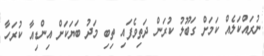
ނުރައްކަލެއް ކަމަށް ގަބޫލު ކުރަން ދަތިވެފައި ތިބި މަދު ބަޔަކަށް އިންޑިއާ ކުރަހާ